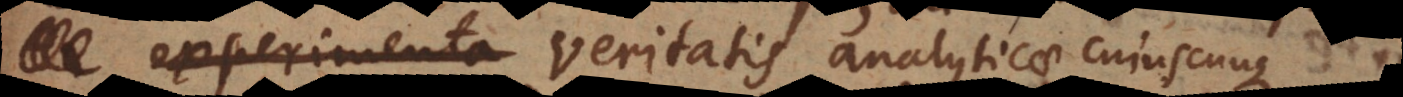
experimenta veritatis analyticae cujuscunque